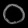
Digit: ၀